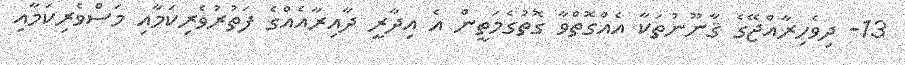
13- ދިވެހިރާއްޖޭގެ ޤާނޫނުތަކާ އެއްގޮތްވާ ގޮތުގެމަތީން އެ އިދާރީ ދާއިރާއެއްގެ ފަތުރުވެރިކަމާއި މަސްވެރިކަމާއި